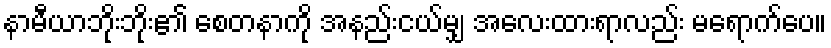
နာမီယာဘိုးဘိုး၏ စေတနာကို အနည်းငယ်မျှ အလေးထားရာလည်း မရောက်ပေ။